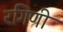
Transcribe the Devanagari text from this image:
रगिणी